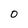
Character: 0